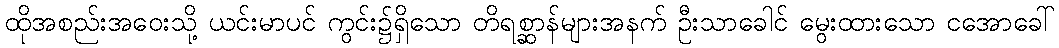
ထိုအစည်းအဝေးသို့ ယင်းမာပင် ကွင်း၌ရှိသော တိရစ္ဆာန်များအနက် ဦးသာခေါင် မွေးထားသော ငအောခေါ်